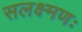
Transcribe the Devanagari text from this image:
सलक्ष्मणः